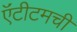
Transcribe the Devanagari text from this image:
ऍंटीटमची